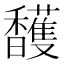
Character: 𲋲